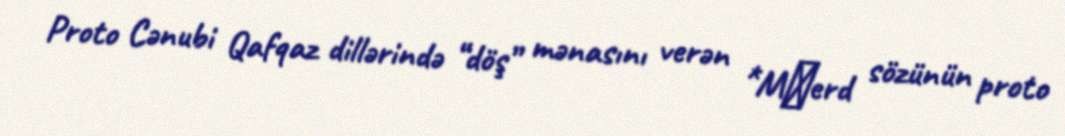
Proto Cənubi Qafqaz dillərində “döş” mənasını verən *Mḳerd sözünün proto